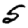
Digit: 5